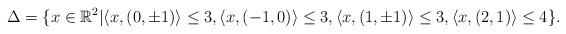
LaTeX: \begin{align*} \Delta = \{x\in\mathbb{R}^2|&\langle x,(0,\pm1)\rangle\leq3,\langle x,(-1,0)\rangle\leq3,\langle x,(1,\pm1)\rangle\leq3,\langle x,(2,1)\rangle\leq4\}.\end{align*}